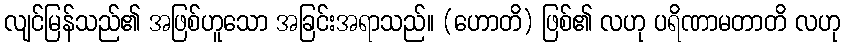
လျင်မြန်သည်၏ အဖြစ်ဟူသော အခြင်းအရာသည်။ (ဟောတိ) ဖြစ်၏ လဟု ပရိဏာမတာတိ လဟု